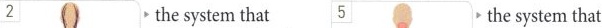
2 the system that 6 5 the system that